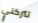
تتركني